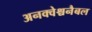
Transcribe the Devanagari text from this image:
अनक्वेश्चनैबल